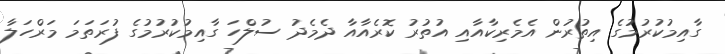
ގާއިމުކުރުމުގެ އިތުރުން އެމެރިކާއާއި އުތުރު ކޮރެއާއާ ދެމެދު ސުލްހަ ގާއިމުކުރުމުގެ ފުރަތަމަ މަރްހަލާ